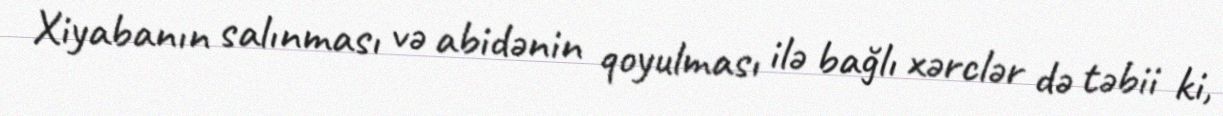
Xiyabanın salınması və abidənin qoyulması ilə bağlı xərclər də təbii ki,